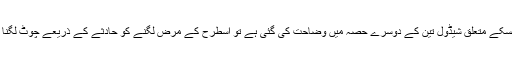
یہ امر ذہن نشین رہےکہ اگر ایک ملازم مسلسل چھے ماہ تک کسی ایسے روزگار میں ملازم رہا ہو جسکے متعلق شیڈول تین کے دوسرے حصہ میں وضاحت کی گئی ہے تو اسطرح کے مرض لگنے کو حادثے کے ذریعے چوٹ لگنا ہی کہا جائے گا اور اس مرض کو ملازمت سے متعلق اور اسکے دوران واقع ہوا تصور کیا جائے گا۔